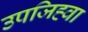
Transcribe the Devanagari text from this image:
उपजिह्वा